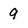
Character: 9